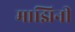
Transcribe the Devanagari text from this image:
माझिनी